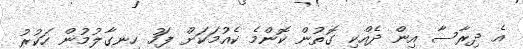
އެ ދިރާސާ އިން ދެއްކި ގޮތުން ކޮންމެ ކެއުމަކަށް ފަހު ހިނގާލުމުން ހަކުރު